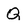
Character: Q